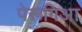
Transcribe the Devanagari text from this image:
पेरूगिआ